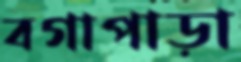
বগাপাড়া